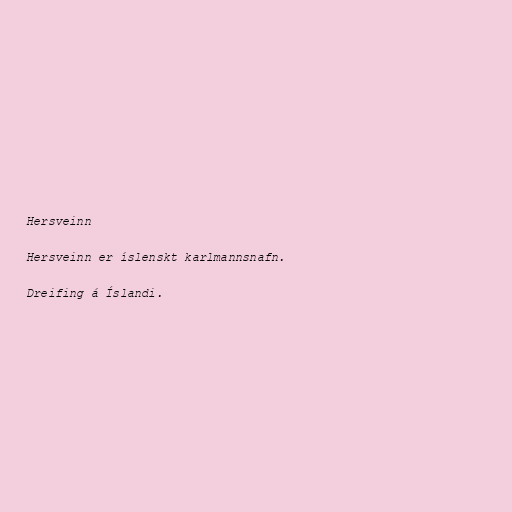
Hersveinn

Hersveinn er íslenskt karlmannsnafn.

Dreifing á Íslandi.